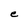
Character: e